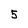
Character: 5